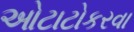
ઓટાટોકરવા